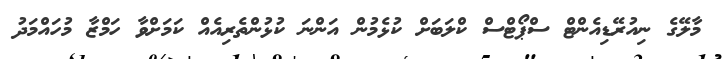
މާލޭގެ ނިއުރޭޑިއެންޓް ސްޕޯޓްސް ކްލަބަށް ކުޅެމުން އަންނަ ކުޅުންތެރިއެއް ކަމަށްވާ ހަމްޒާ މުހައްމަދު